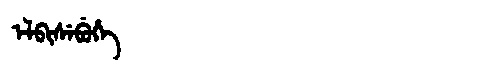
Manchu: ᡝᠯᠪᡳᠰᡝᠪᡠᡥᡝ
Romanization: ELBISEBUHE